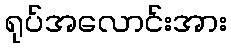
ရုပ်အလောင်းအား